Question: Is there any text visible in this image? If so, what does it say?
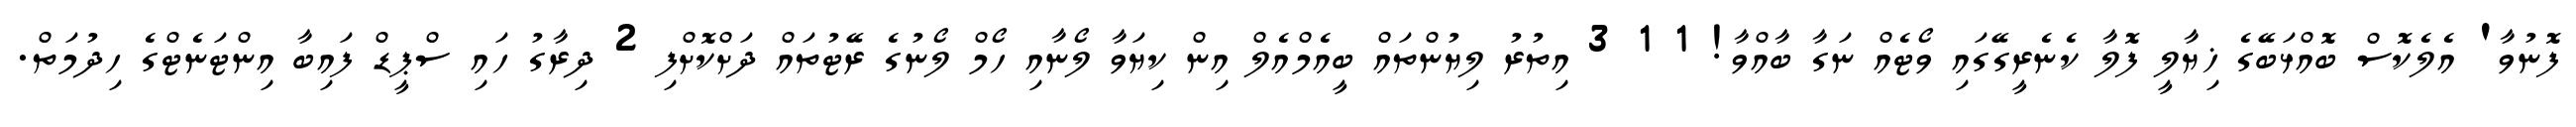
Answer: ފޮނުވާ' އެލެކޮސް ބޮއްޅަބޭގެ ޚިޔާލީ ފޮލާ ކެނެރީގޭގައި ވޯޓެއް ނަގާ ބާއްވާ! 1 1 3 އިތުރު ލިޔުންތައް ބީއެމްއެލް އިން ކިޔަވާ ލޯނާއި ހޯމް ލޯނުގެ ރޭޓުތައް ދަށްކޮށްފި 2 ދިރާގު ހައި ސްޕީޑް ފައިބާ އިންޓަނެޓްގެ ހިދުމަތް.